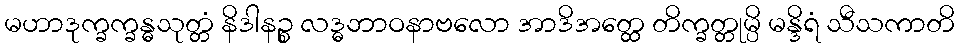
မဟာဒုက္ခက္ခန္ဓသုတ္တံ နိဒါနဉ္စ လဒ္ဓဘာဝနာဗလော အာဒိအတ္ထေ တိက္ခတ္တုမ္ပိ မန္ဒိရံ သီသကာတိ